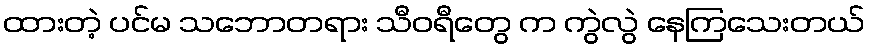
ထားတဲ့ ပင်မ သဘောတရား သီဝရီတွေ က ကွဲလွဲ နေကြသေးတယ်